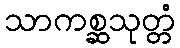
သာကစ္ဆသုတ္တံ